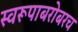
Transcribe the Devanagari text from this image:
स्वरूपाबरोबरच